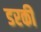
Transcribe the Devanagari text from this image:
डरकी